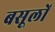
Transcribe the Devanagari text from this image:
बसूलों